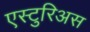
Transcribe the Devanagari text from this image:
एस्टुरिअस